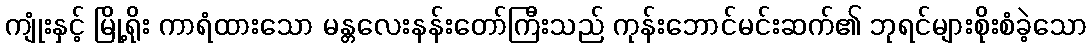
ကျုံးနှင့် မြို့ရိုး ကာရံထားသော မန္တလေးနန်းတော်ကြီးသည် ကုန်းဘောင်မင်းဆက်၏ ဘုရင်များစိုးစံခဲ့သော